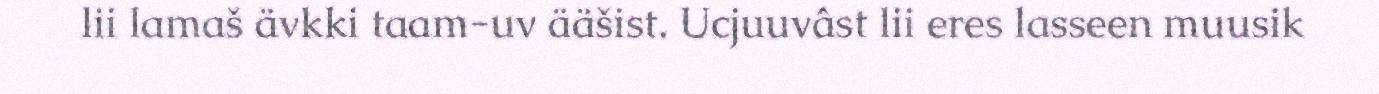
lii lamaš ävkki taam-uv ääšist. Ucjuuvâst lii eres lasseen muusik